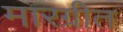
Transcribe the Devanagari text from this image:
मारग्रीत